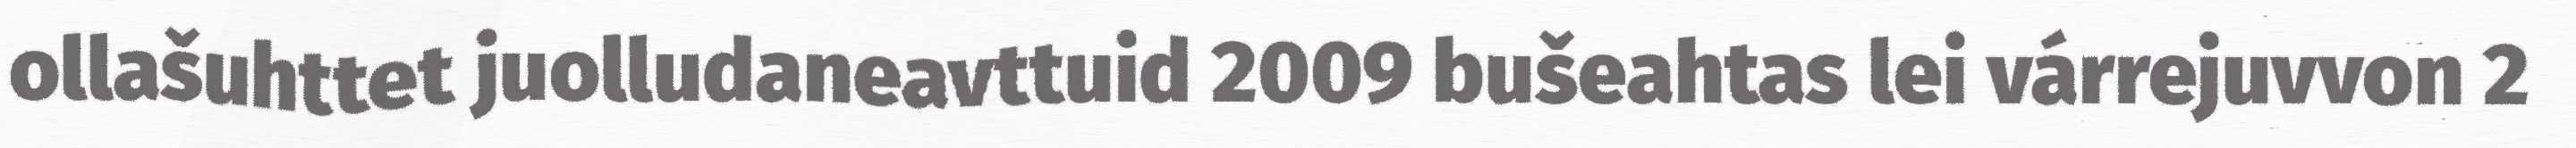
ollašuhttet juolludaneavttuid 2009 bušeahtas lei várrejuvvon 2